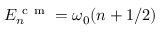
E _ { n } ^ { \mathrm { ~ c ~ m ~ } } = \omega _ { 0 } ( n + 1 / 2 )